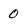
Character: 0